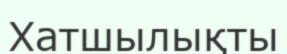
Хатшылықты